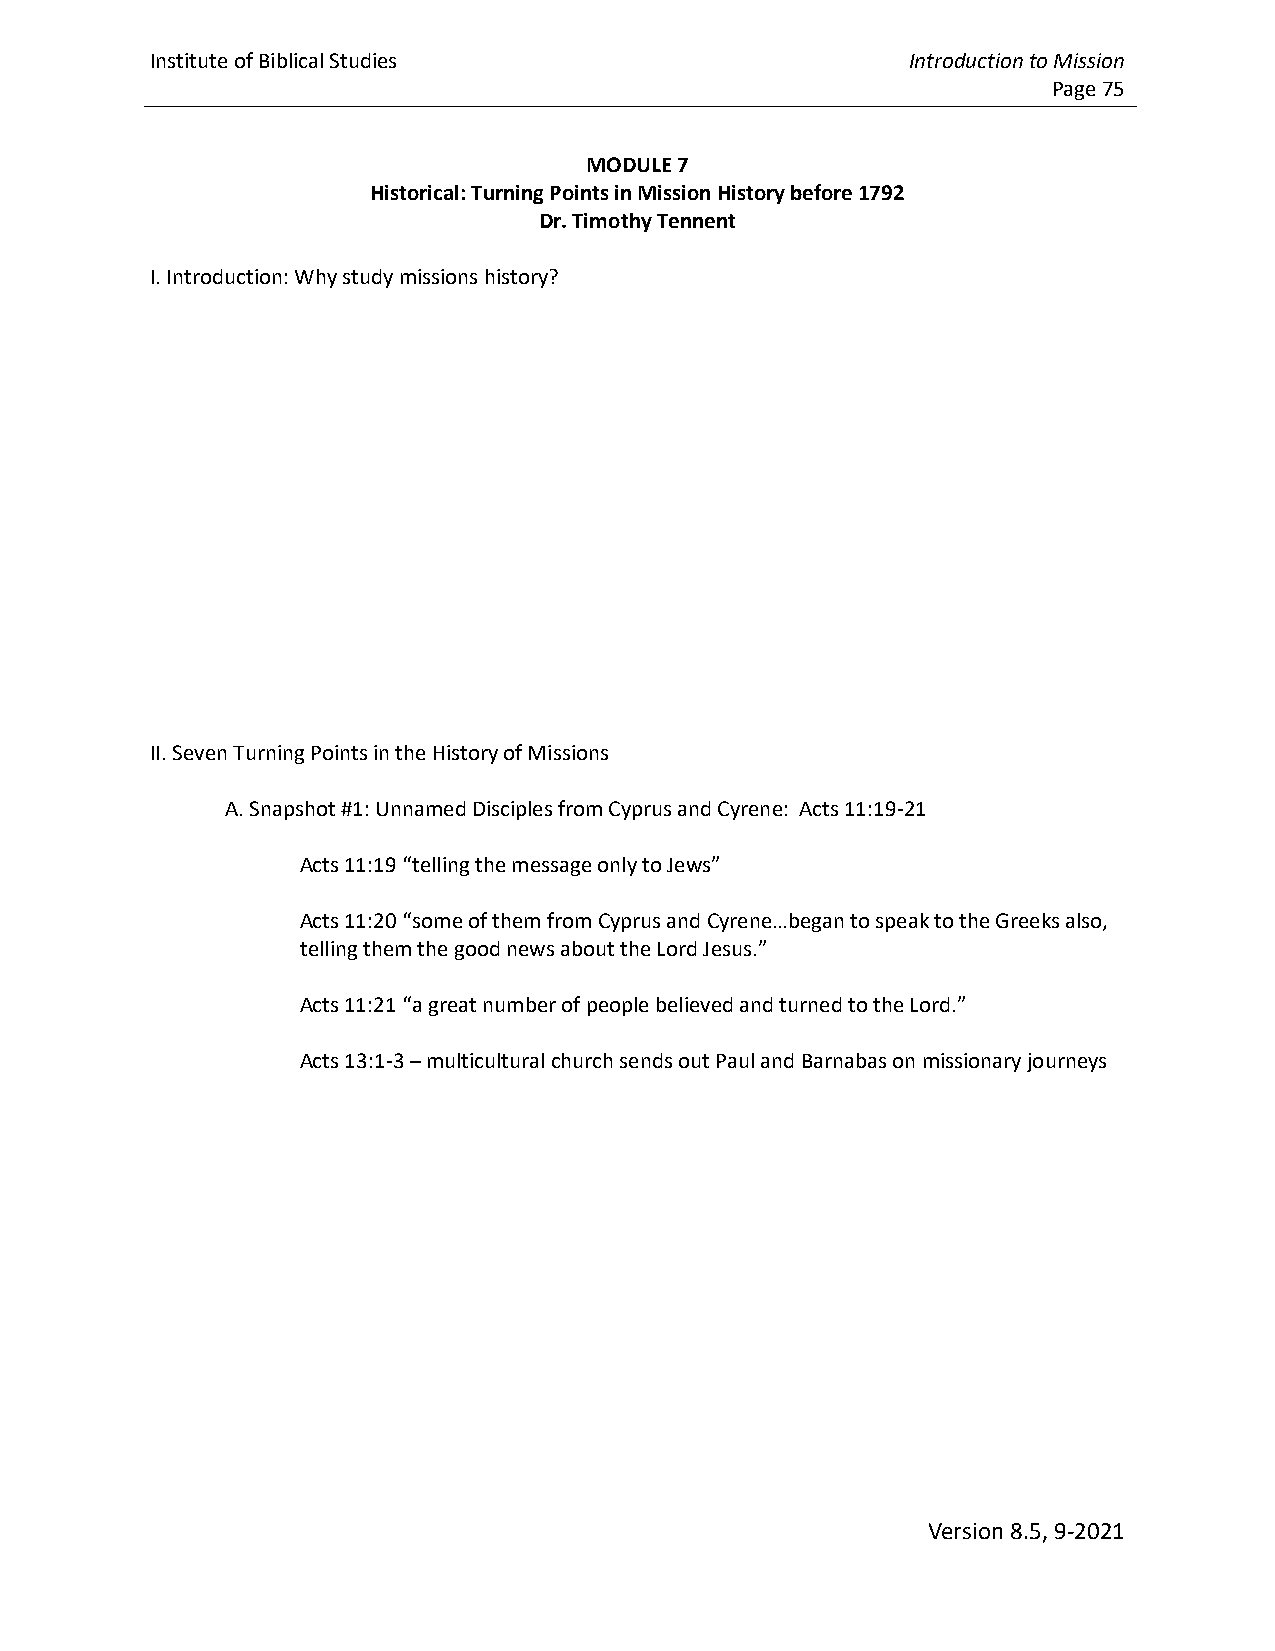
Institute of Biblical Studies                     Introduction to Mission
 Page 75
 MODULE 7
 Historical: Turning Points in Mission History before 1792
 Dr. Timothy Tennent
 I. Introduction: Why study missions history?
 II. Seven Turning Points in the History of Missions
 A. Snapshot #1: Unnamed Disciples from Cyprus and Cyrene: Acts 11:19-21
 Acts 11:19 “telling the message only to Jews”
 Acts 11:20 “some of them from Cyprus and Cyrene…began to speak to the Greeks also,
 telling them the good news about the Lord Jesus.”
 Acts 11:21 “a great number of people believed and turned to the Lord.”
 Acts 13:1-3 – multicultural church sends out Paul and Barnabas on missionary journeys
 Version 8.5, 9-2021